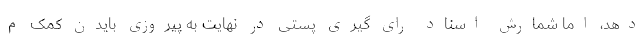
دهد، اما شمارش اسناد رای گیری پستی در نهایت به پیروزی بایدن کمک م